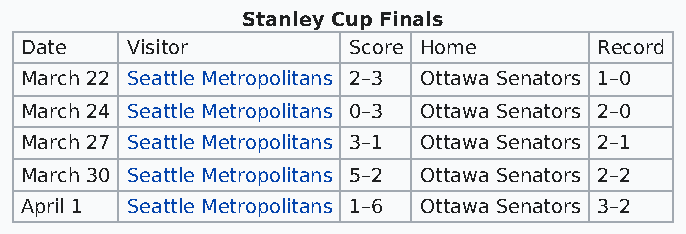
Stanley Cup Finals
 Date   Visitor        Score Home       Record
 March 22 Seattle Metropolitans 2–3 Ottawa Senators 1–0
 March 24 Seattle Metropolitans 0–3 Ottawa Senators 2–0
 March 27 Seattle Metropolitans 3–1 Ottawa Senators 2–1
 March 30 Seattle Metropolitans 5–2 Ottawa Senators 2–2
 April 1 Seattle Metropolitans 1–6 Ottawa Senators 3–2